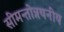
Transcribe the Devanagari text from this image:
सीमन्तोन्नयनीय